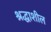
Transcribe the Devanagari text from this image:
श्रद्धाशील